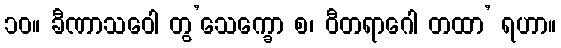
၁၀။ ခီဏာသဝေါ တွ’သေက္ခော စ၊ ဝီတရာဂေါ တထာ’ ရဟာ။